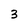
Character: 3